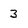
Character: 3